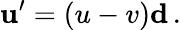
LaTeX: \mathbf{u}^{\prime}=(u-v)\mathbf{d}\, .